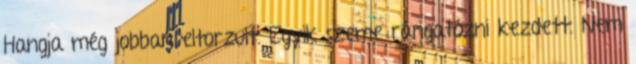
Hangja még jobban eltorzult. Egyik szeme rángatózni kezdett. Nem